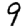
Digit: 9